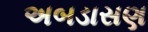
અબડાસણ